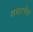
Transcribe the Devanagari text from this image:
सघटनेत